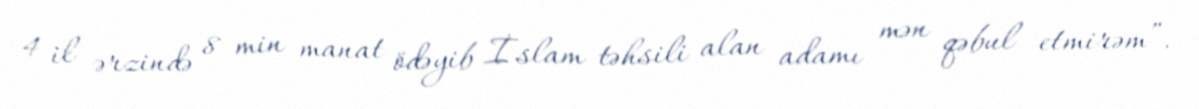
4 il ərzində 8 min manat ödəyib İslam təhsili alan adamı mən qəbul etmirəm”.